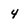
Character: 4